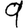
Digit: 9